Report of the Municipal Commissioner on the plague in Bombay for the year ending 31st May... - Volume 1
Disease focus: Plague
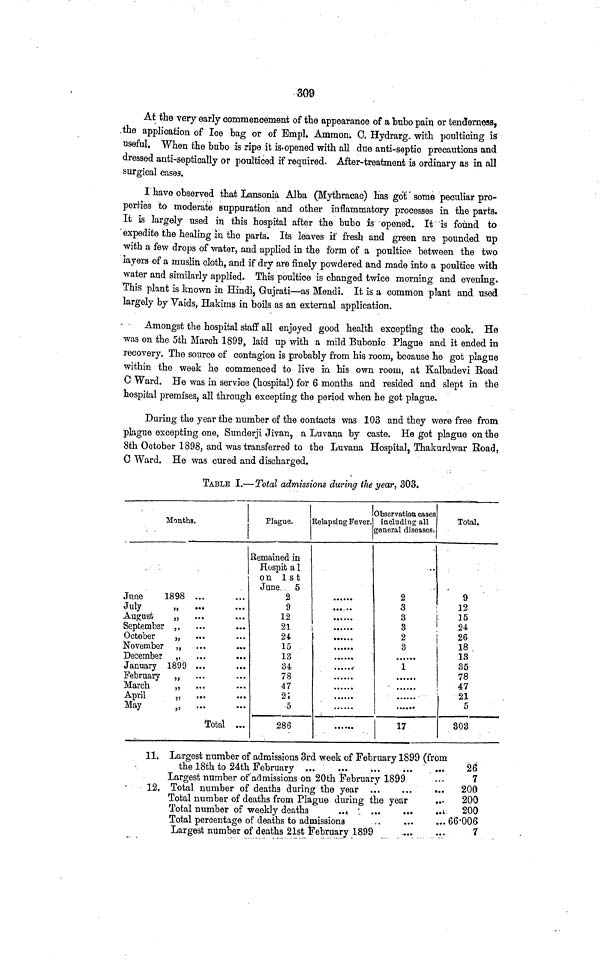
309
At the very early commencement of the appearance of a bubo pain or tenderness,
the application of Ice bag or of Empl. Ammon. C. Hydrarg, with poulticing is
useful. When the bubo is ripe it is opened with all due anti-septic precautions and
dressed anti-septically or poulticed if required. After-treatment is ordinary as in all
surgical cases.
I have observed that Lansonia Alba (Mythracac) has got some peculiar pro-
perties to moderate suppuration and other inflammatory processes in the parts.
It is largely used in this hospital after the bubo is opened. It is found to
expedite the healing in the parts. Its leaves if fresh and green are pounded up
with a few drops of water, and applied in the form of a poultice between the two
layers of a muslin cloth, and if dry are finely powdered and made into a poultice with
water and similarly applied. This poultice is changed twice morning and evening.
This plant is known in Hindi, Gujrati—as Mendi. It is a common plant and used
largely by Vaids, Hakims in boils as an external application.
Amongst the hospital staff all enjoyed good health excepting the cook. He
was 011 the 5th March 1899, laid up with a mild Bubonic Plague and it ended in
recovery. The source of contagion is probably from his room, because he got plague
within the week he commenced to live in his own room, at Kalbadevi Road
C Ward. He was in service (hospital) for 6 months and resided and slept in the
hospital premises, all through excepting the period when he got plague.
During the year the number of the contacts was 103 and they were free from
plague excepting one, Sunderji Jivan, a Luvana by caste. He got plague on the
8th October 1898, and was transferred to the Luvana Hospital, Thakurdwar Road,
G Ward. He was cured and discharged.
TABLE I.—Total admissions during the year, 303.
Months.
June
1898 ...
July
„
August
„
September ,,
...
October
„
November „
December
„
January 1899
February „
March
„
April
j,
...
May
j,
Total ...
Plague.
Remained in
Hospit a 1
on 1st
June. 5
2
9
12
21
24
15
13
34
78
47
21
5
286
Relapsing Fever
•• ••
• •t ••
• ••
•
...
...
......
......
'Observation cases
including all
general diseases-.
..
2
3
3
3
2
3
1
'
17
Total.
9
12
]5
24
26
18
13
35
78
47
21
5
303
11. Largest number of admissions 3rd week of February 1899 (from
the 18th to 24th February
26
Largest number of admissions on 20th February 1899
• • •
7
12. Total number of deaths during the year ...
...
... 200
Total number of deaths from Plague during the year
...
200
Total number of weekly deaths
...
...
...
... 200
Total percentage of deaths to admissions
..
...
••• 66*006
Largest number of deaths 21st February 1899
7